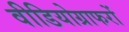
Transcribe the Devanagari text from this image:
वीडियोग्राफरों